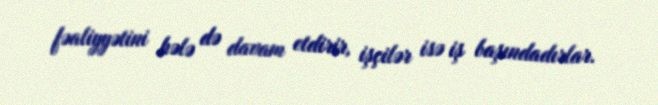
fəaliyyətini hələ də davam etdirir, işçilər isə iş başındadırlar.